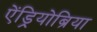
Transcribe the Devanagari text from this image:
ऐंड्रियोब्रिया